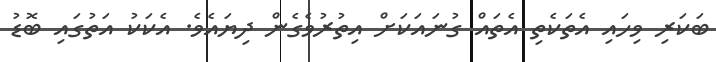
ބަކަރި ވިހައި އެތަކެތި އެތައް ގުނައަކަށް އިތުރުވެގެން ދިޔައެވެ. އެކަކު އަތުގައި ބޮޑު